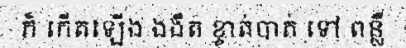
ក៏ កើតឡើង ងងឹត ខ្ចាត់បាត់ ទៅ ពន្លឺ